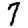
Digit: 7